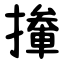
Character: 撪